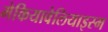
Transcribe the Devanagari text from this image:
मेकियावेलियाइस्म